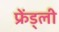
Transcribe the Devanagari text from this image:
फ्रेंड्ली